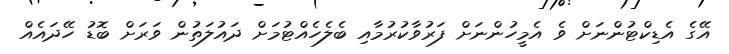
އޭގެ އެޑިކްޓުންނަށް ވެ އެމީހުންނަށް ފަރުވާކުރުމާއި ބެލެހެއްޓުމަށް ދައުލަތުން ވަރަށް ބޮޑު ހޭދައެއް